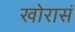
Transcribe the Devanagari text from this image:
खोरासं